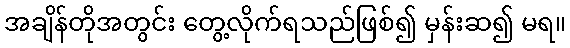
အချိန်တိုအတွင်း တွေ့လိုက်ရသည်ဖြစ်၍ မှန်းဆ၍ မရ။